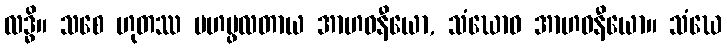
လဒ္ဓိ။ သစေ ဟုတဿ မဟပ္ဖလတာယ အာဟဝနီယော, သံဃောဝ အာဟဝနီယော။ သံဃေ